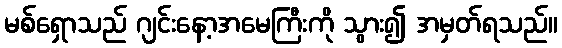
မစ်ရှောသည် ဂျင်းနော့အမေကြီးကို သွား၍ အမှတ်ရသည်။